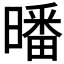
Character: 𣊩